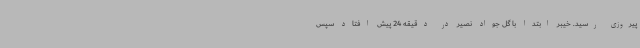
پیروزی رسید. خیبر ابتدا با گل جواد نصیر در دقیقه 24 پیش افتاد سپس